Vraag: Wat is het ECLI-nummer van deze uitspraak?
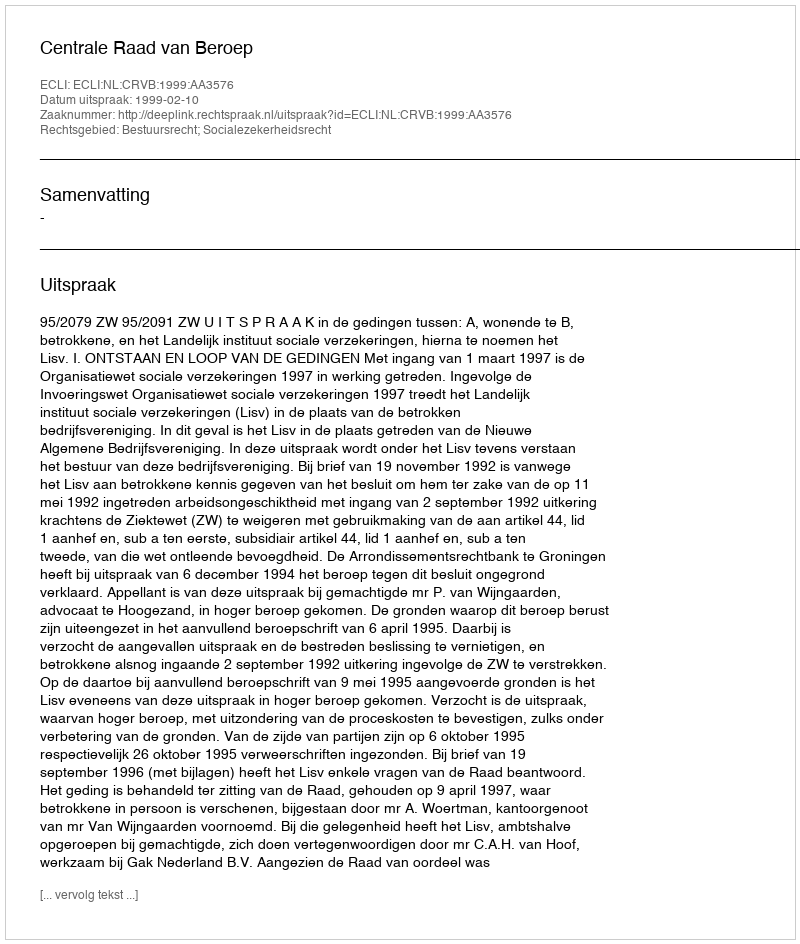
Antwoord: ECLI:NL:CRVB:1999:AA3576